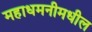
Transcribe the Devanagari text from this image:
महाधमनीमधील